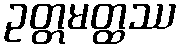
ဥတ္တမတ္ထဿ